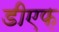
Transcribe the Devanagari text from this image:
डीएफ़